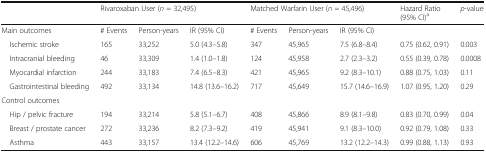
<table><thead><tr><td></td><td colspan="3"><b>Rivaroxaban User (<i>n</i> = 32,495)</b></td><td colspan="3"><b>Matched Warfarin User (<i>n</i> = 45,496)</b></td><td><b>Hazard Ratio(95% CI)<sup>a</sup></b></td><td><b><i>p</i>-value</b></td></tr></thead><tbody><tr><td>Main outcomes</td><td># Events</td><td>Person-years</td><td>IR (95% CI)</td><td># Events</td><td>Person-years</td><td>IR (95% CI)</td><td></td><td></td></tr><tr><td> Ischemic stroke</td><td>165</td><td>33,252</td><td>5.0 (4.3–5.8)</td><td>347</td><td>45,965</td><td>7.5 (6.8–8.4)</td><td>0.75 (0.62, 0.91)</td><td>0.003</td></tr><tr><td> Intracranial bleeding</td><td>46</td><td>33,309</td><td>1.4 (1.0–1.8)</td><td>124</td><td>45,958</td><td>2.7 (2.3–3.2)</td><td>0.55 (0.39, 0.78)</td><td>0.0008</td></tr><tr><td> Myocardial infarction</td><td>244</td><td>33,183</td><td>7.4 (6.5–8.3)</td><td>421</td><td>45,965</td><td>9.2 (8.3–10.1)</td><td>0.88 (0.75, 1.03)</td><td>0.11</td></tr><tr><td> Gastrointestinal bleeding</td><td>492</td><td>33,134</td><td>14.8 (13.6–16.2)</td><td>717</td><td>45,649</td><td>15.7 (14.6–16.9)</td><td>1.07 (0.95, 1.20)</td><td>0.29</td></tr><tr><td colspan="9">Control outcomes</td></tr><tr><td> Hip / pelvic fracture</td><td>194</td><td>33,214</td><td>5.8 (5.1–6.7)</td><td>408</td><td>45,866</td><td>8.9 (8.1–9.8)</td><td>0.83 (0.70, 0.99)</td><td>0.04</td></tr><tr><td> Breast / prostate cancer</td><td>272</td><td>33,236</td><td>8.2 (7.3–9.2)</td><td>419</td><td>45,941</td><td>9.1 (8.3–10.0)</td><td>0.92 (0.79, 1.08)</td><td>0.33</td></tr><tr><td> Asthma</td><td>443</td><td>33,157</td><td>13.4 (12.2–14.6)</td><td>606</td><td>45,769</td><td>13.2 (12.2–14.3)</td><td>0.99 (0.88, 1.13)</td><td>0.93</td></tr></tbody></table>